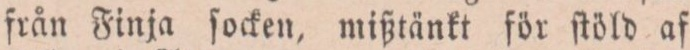
från Finja ſocken, mißtänkt för ſtöld af